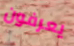
يعرفون